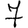
Digit: 7